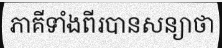
ភាគីទាំងពីរបានសន្យាថា